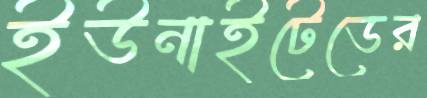
ইউনাইটেডের